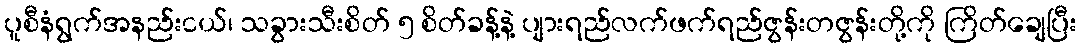
ပူစီနံရွက်အနည်းငယ်၊ သခွားသီးစိတ် ၅ စိတ်ခန့်နဲ့ ပျားရည်လက်ဖက်ရည်ဇွန်းတဇွန်းတို့ကို ကြိတ်ချေပြီး